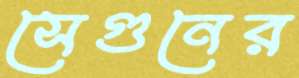
সেগুনের